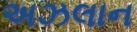
અઝલાન